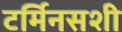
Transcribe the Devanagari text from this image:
टर्मिनसशी